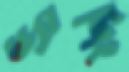
ড্যাশিং